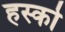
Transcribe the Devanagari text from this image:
हर्स्को